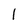
Character: 1